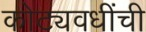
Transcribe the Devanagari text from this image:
कोट्यवधींची